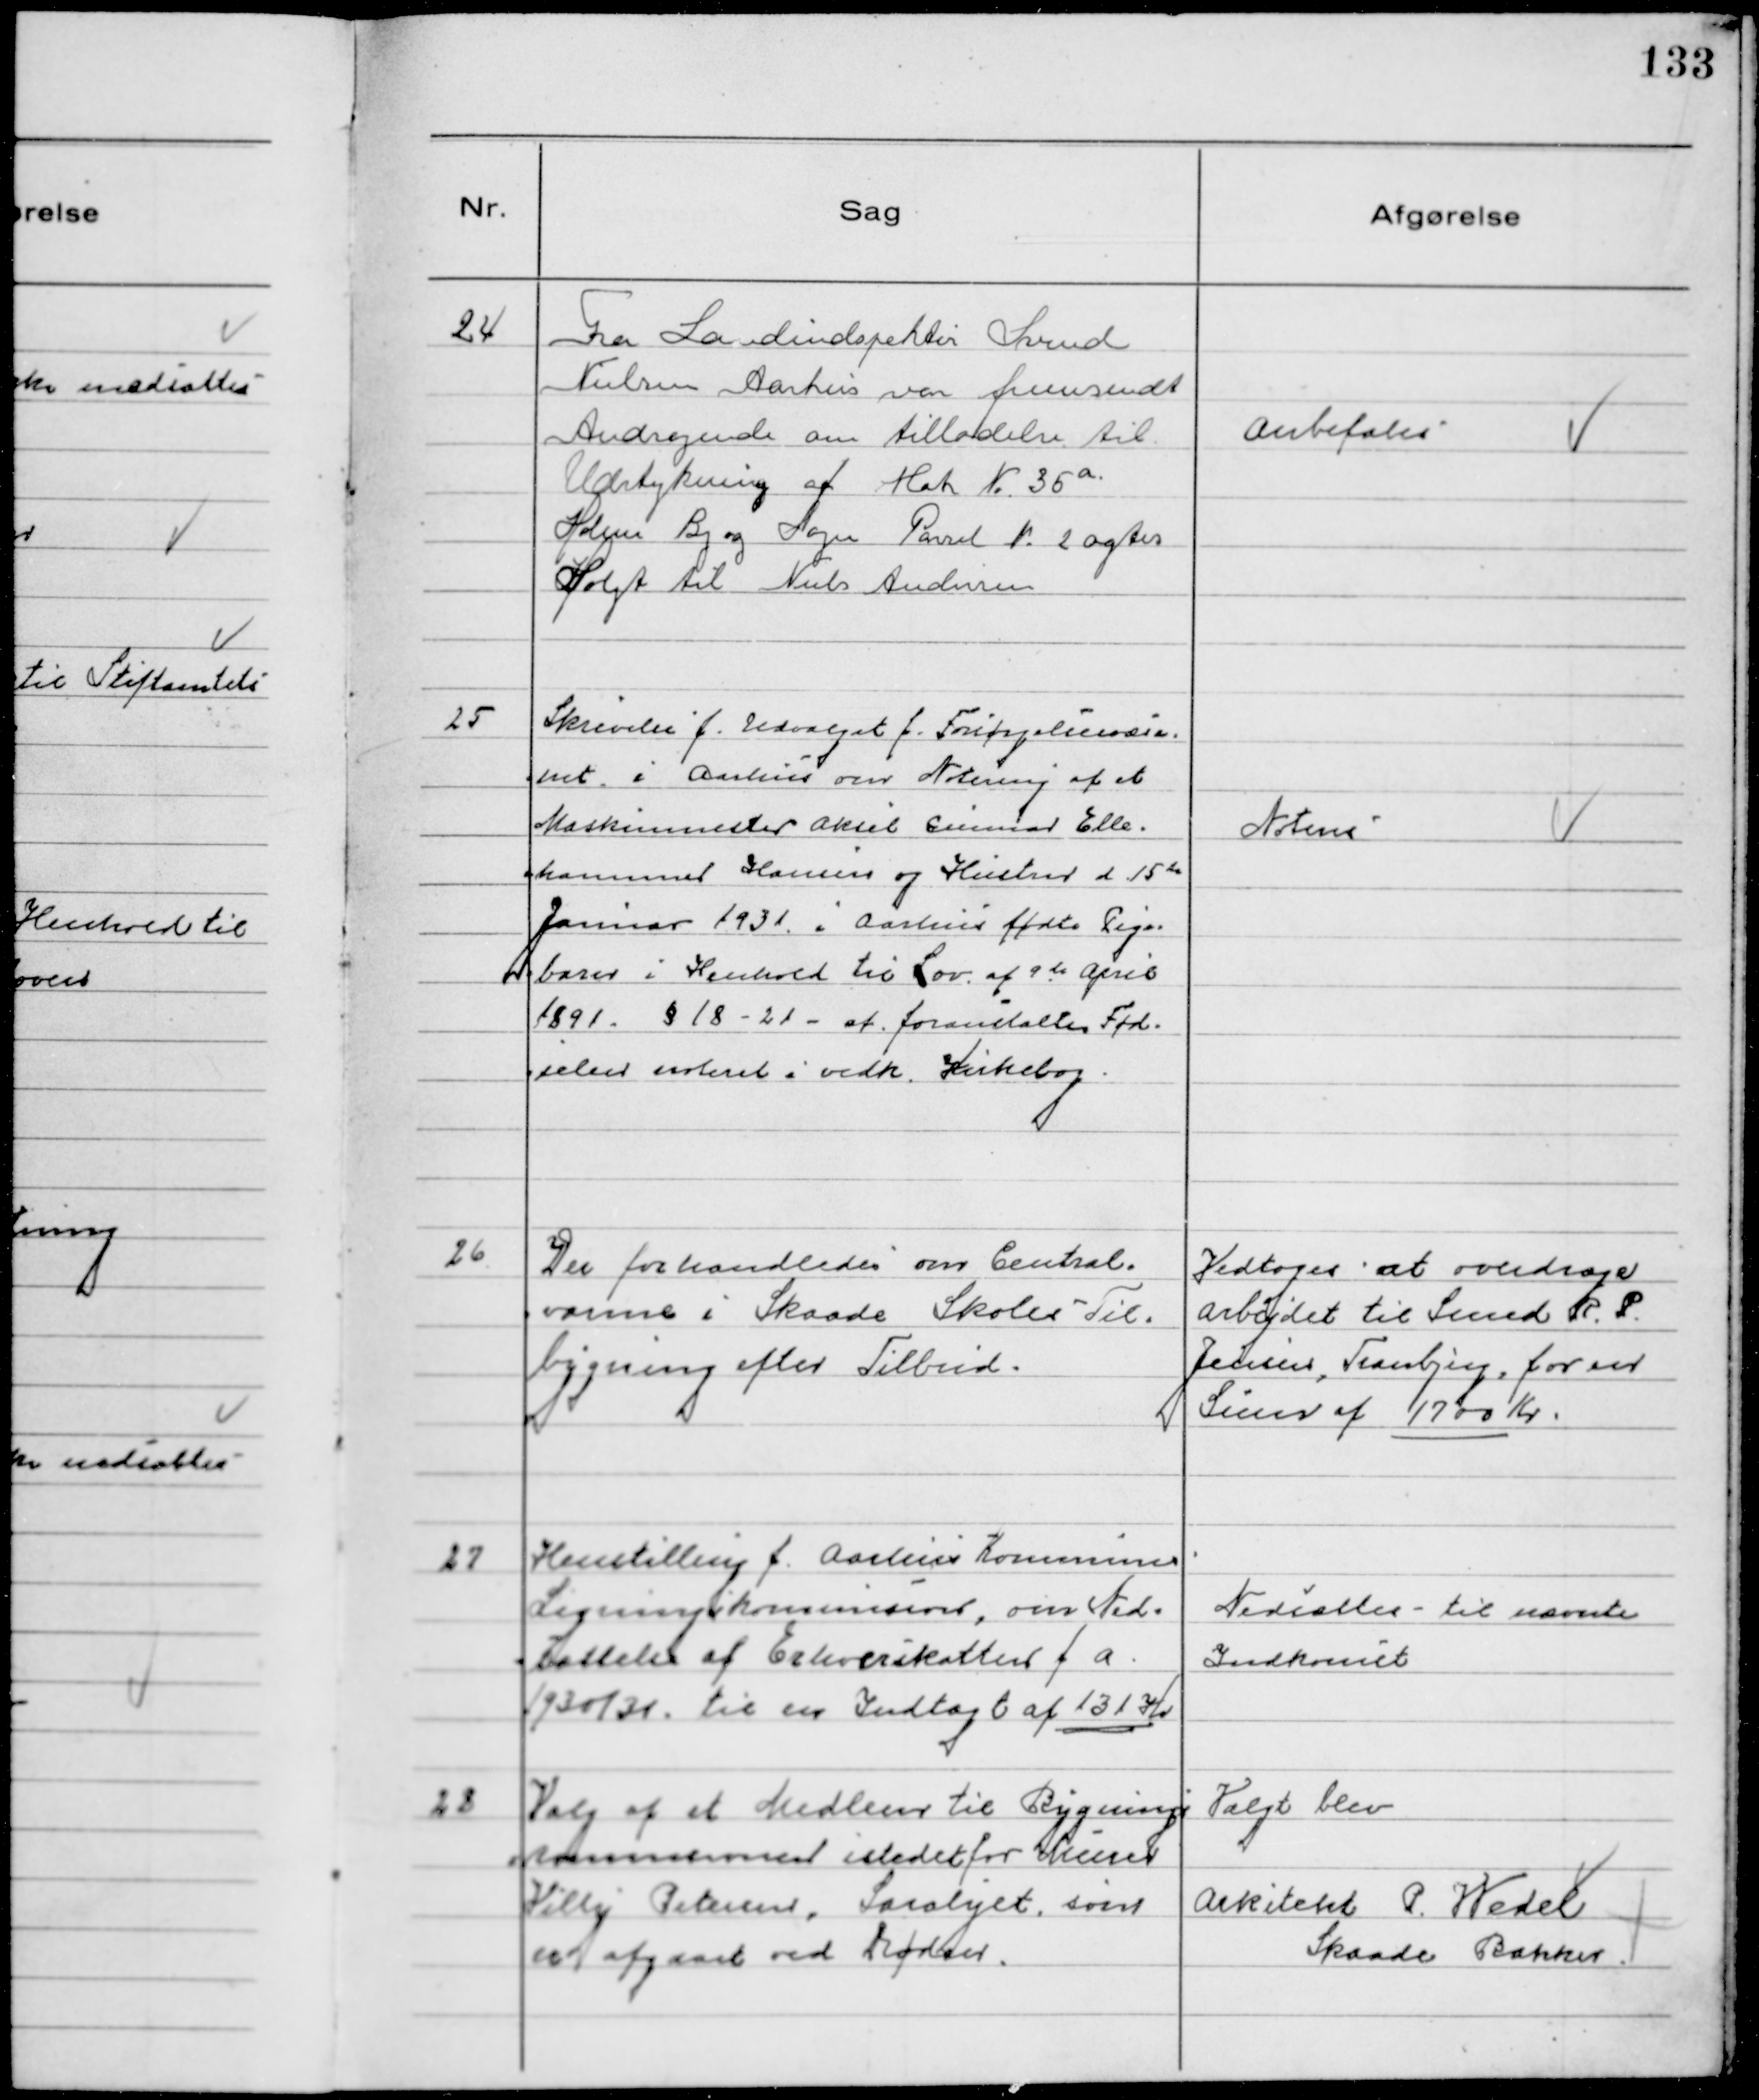
Transskription:
24
Fra Landindspektør Svend
Nielsen Aarhus var fremsendt
Andragende om tilladelse til
Udstykning af Matr № 35 a.
Holme By og Sogn Parsel № 2 agter
Solgt til Niels Andersen

Anbefales

25
Skrivelse f. Udvalget f. Forsørgelsesvæse-
net i Aarhus om Notering af et
Maskinmester Aksel Gunnar Elle-
hammer Hansen og Hustru d 15de
Januar 1931 i Aarhus fødte Pige-
barn i Henhold til Lov af 9de April
1891. § 18 - 21 - at foranstalte Fød-
selen noteret i vedk. Kirkebog.

Noteres

26
Der forhandledes om Central-
varme i Skaade Skoles Til-
bygning efter Tilbud.

Vedtoges at overdrage
Arbejdet til Smed R.P.
Jensen, Tranbjerg, for en
Sum af 1700 Kr.

27
Henstilling f. Aarhus Kommunes
Ligningskommission, om Ned-
sættelse af Erhverskatten f a.
1930/31. til en Indtægt af 131 Kr

Nedsattes - til nævnte
Indkomst

28
Valg af Medlem til Bygnings-
kommissionen istedet for Murer
Villy Petersen, Saralyst, som
er afgaaet ved Døden.

Valgt blev
Arkitekt P. Wedel
Skaade Bakker.